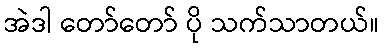
အဲဒါ တော်တော် ပို သက်သာတယ်။